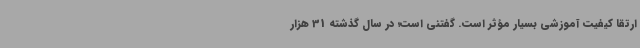
ارتقا کیفیت آموزشی بسیار مؤثر است. گفتنی است؛ در سال گذشته 31 هزار